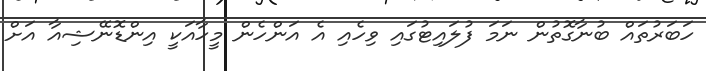
ހަބަރުތައް ބުނާގޮތުން ނަމަ ފުލައިޓުގައި ވިހެއި އެ އަންހެން މީހާއަކީ އިންޑޮނޭޝިއާ އަށް